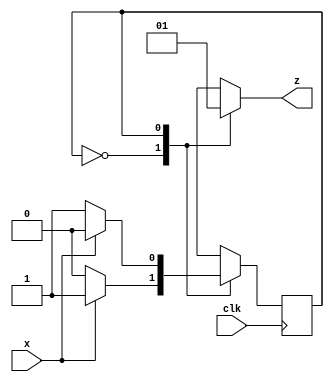
`timescale 1ns / 1ps

//Takes Serial Input, and outputs parity of bit seen so far
//High if ODD number of 1s are seen, Low if EVEN number of 1s seen
module Parity_Detector(x, clk, z);
    input x, clk;
    output reg z;
    reg even_odd;  //indicates machine state
    
    parameter EVEN = 0, ODD = 1;
    //Synthesis tool generates a latch for the output even_odd
    always @ (posedge clk)
        case (even_odd)
            EVEN: begin
                //z <= x ? 1 : 0;       generates latch for z
                even_odd <= x ? ODD : EVEN;
                end
            ODD: begin
                //z <= x ? 0 : 1;
                even_odd <= x ? EVEN : ODD;
                end
            default: even_odd <= EVEN;
        endcase
     //Combinational circuit generated for z
     always @ (even_odd)
        case (even_odd)
            EVEN: z = 0;
            ODD: z = 1;
            default z = 0;
        endcase
endmodule